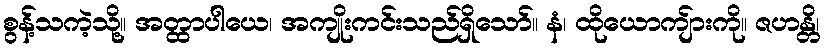
စွန့်သကဲ့သို့။ အတ္ထာပါယေ၊ အကျိုးကင်းသည်ရှိသော်။ နံ၊ ထိုယောကျ်ားကို။ ဇဟန္တိ၊